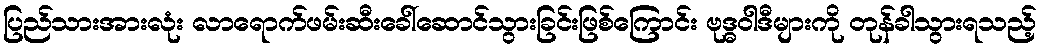
ပြည်သားအားလုံး လာရောက်ဖမ်းဆီးခေါ်ဆောင်သွားခြင်းဖြစ်ကြောင်း ဗုဒ္ဓဝါဒီများကို တုန်ခါသွားရသည့်